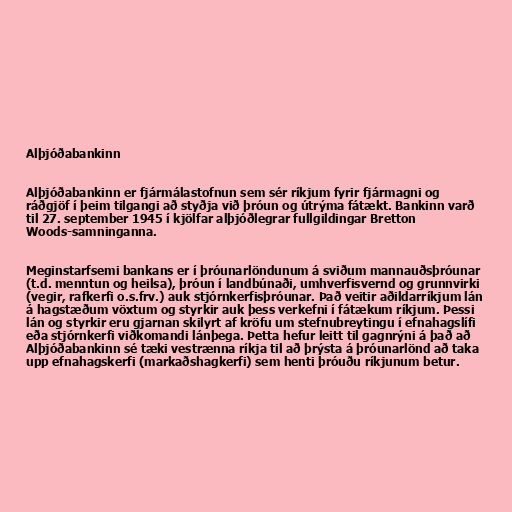
Alþjóðabankinn

Alþjóðabankinn er fjármálastofnun sem sér ríkjum fyrir fjármagni og
ráðgjöf í þeim tilgangi að styðja við þróun og útrýma fátækt. Bankinn varð
til 27. september 1945 í kjölfar alþjóðlegrar fullgildingar Bretton
Woods-samninganna.

Meginstarfsemi bankans er í þróunarlöndunum á sviðum mannauðsþróunar
(t.d. menntun og heilsa), þróun í landbúnaði, umhverfisvernd og grunnvirki
(vegir, rafkerfi o.s.frv.) auk stjórnkerfisþróunar. Það veitir aðildarríkjum lán
á hagstæðum vöxtum og styrkir auk þess verkefni í fátækum ríkjum. Þessi
lán og styrkir eru gjarnan skilyrt af kröfu um stefnubreytingu í efnahagslífi
eða stjórnkerfi viðkomandi lánþega. Þetta hefur leitt til gagnrýni á það að
Alþjóðabankinn sé tæki vestrænna ríkja til að þrýsta á þróunarlönd að taka
upp efnahagskerfi (markaðshagkerfi) sem henti þróuðu ríkjunum betur.